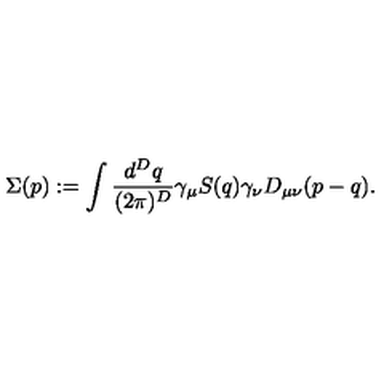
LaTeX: \Sigma ( p ) : = \int { \frac { d ^ { D } q } { ( 2 \pi ) ^ { D } } } \gamma _ { \mu } S ( q ) \gamma _ { \nu } D _ { \mu \nu } ( p - q ) .